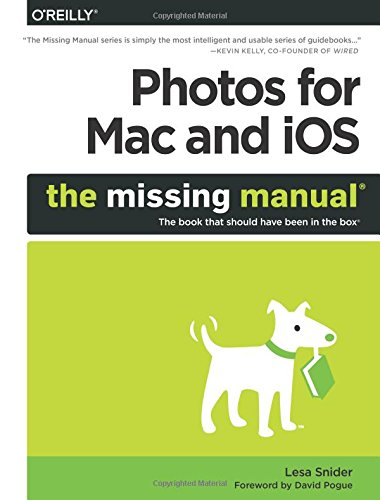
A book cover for Photos for Mac and iOS: The Missing Manual; Lesa Snider; Arts & Photography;